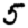
Digit: 5